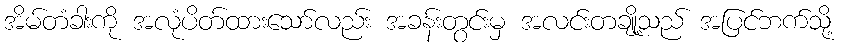
အိမ်တံခါးကို အလုံပိတ်ထားသော်လည်း အခန်းတွင်းမှ အလင်းတချို့သည် အပြင်ဘက်သို့